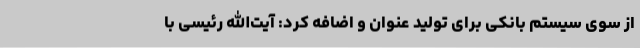
از سوی سیستم بانکی برای تولید عنوان و اضافه کرد: آیت‌الله رئیسی با